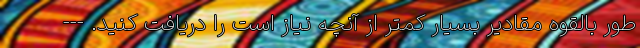
طور بالقوه مقادیر بسیار کمتر از آنچه نیاز است را دریافت کنید. ---